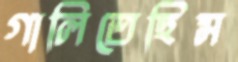
গালিতেছিস